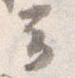
云